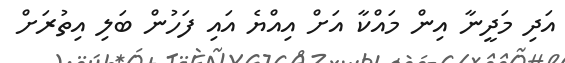
އަދި މަދީނާ އިން މައްކާ އަށް އިއްޔެ އައި ފަހުން ބަލި އިތުރަށް